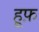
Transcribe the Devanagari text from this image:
हूफ़